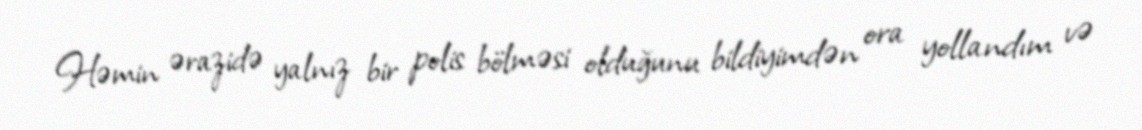
Həmin ərazidə yalnız bir polis bölməsi olduğunu bildiyimdən ora yollandım və